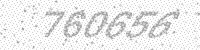
Solution: 760656